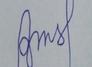
Signature authenticity: forged